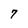
Character: 7